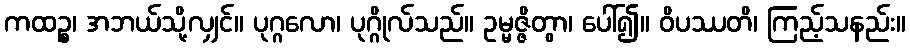
ကထဉ္စ၊ အဘယ်သို့လျှင်။ ပုဂ္ဂလော၊ ပုဂ္ဂိုလ်သည်။ ဥမ္မဇ္ဇိတွာ၊ ပေါ်၍။ ဝိပဿတိ၊ ကြည့်သနည်း။